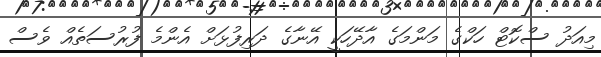
މިއަދު ސްކޮޓް ހަކްގެ މަންމަގެ އާދޭހަކީ އޭނާގެ ދަރިފުޅަށް އެންމެ ފުރުސަތެއް ވެސް